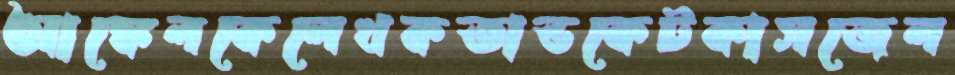
আঙ্কেলকেলেখকতাডকেটকাসজেল